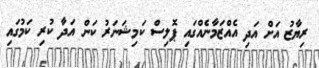
ރިޔާޒު އަށް އަދި އެއްޒަމާނެއްގައި ޕޮލިސް ކަމިޝަނަރު ކަން އަދާ ކުރި ކަމުގައި